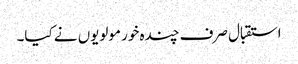
استقبال صرف چندہ خور مولویوں نے کیا۔